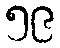
၅၉